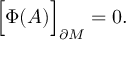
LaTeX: \Bigr [ \Phi ( { \cal A } ) \Bigr ] _ { \partial M } = 0 .